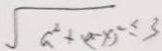
\sqrt { a ^ { 2 } + ( a - x ) ^ { 2 } } \leq 3